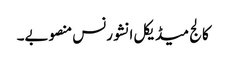
کالج میڈیکل انشورنس منصوبے۔